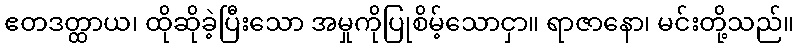
ဧတဒတ္ထာယ၊ ထိုဆိုခဲ့ပြီးသော အမှုကိုပြုစိမ့်သောငှာ။ ရာဇာနော၊ မင်းတို့သည်။